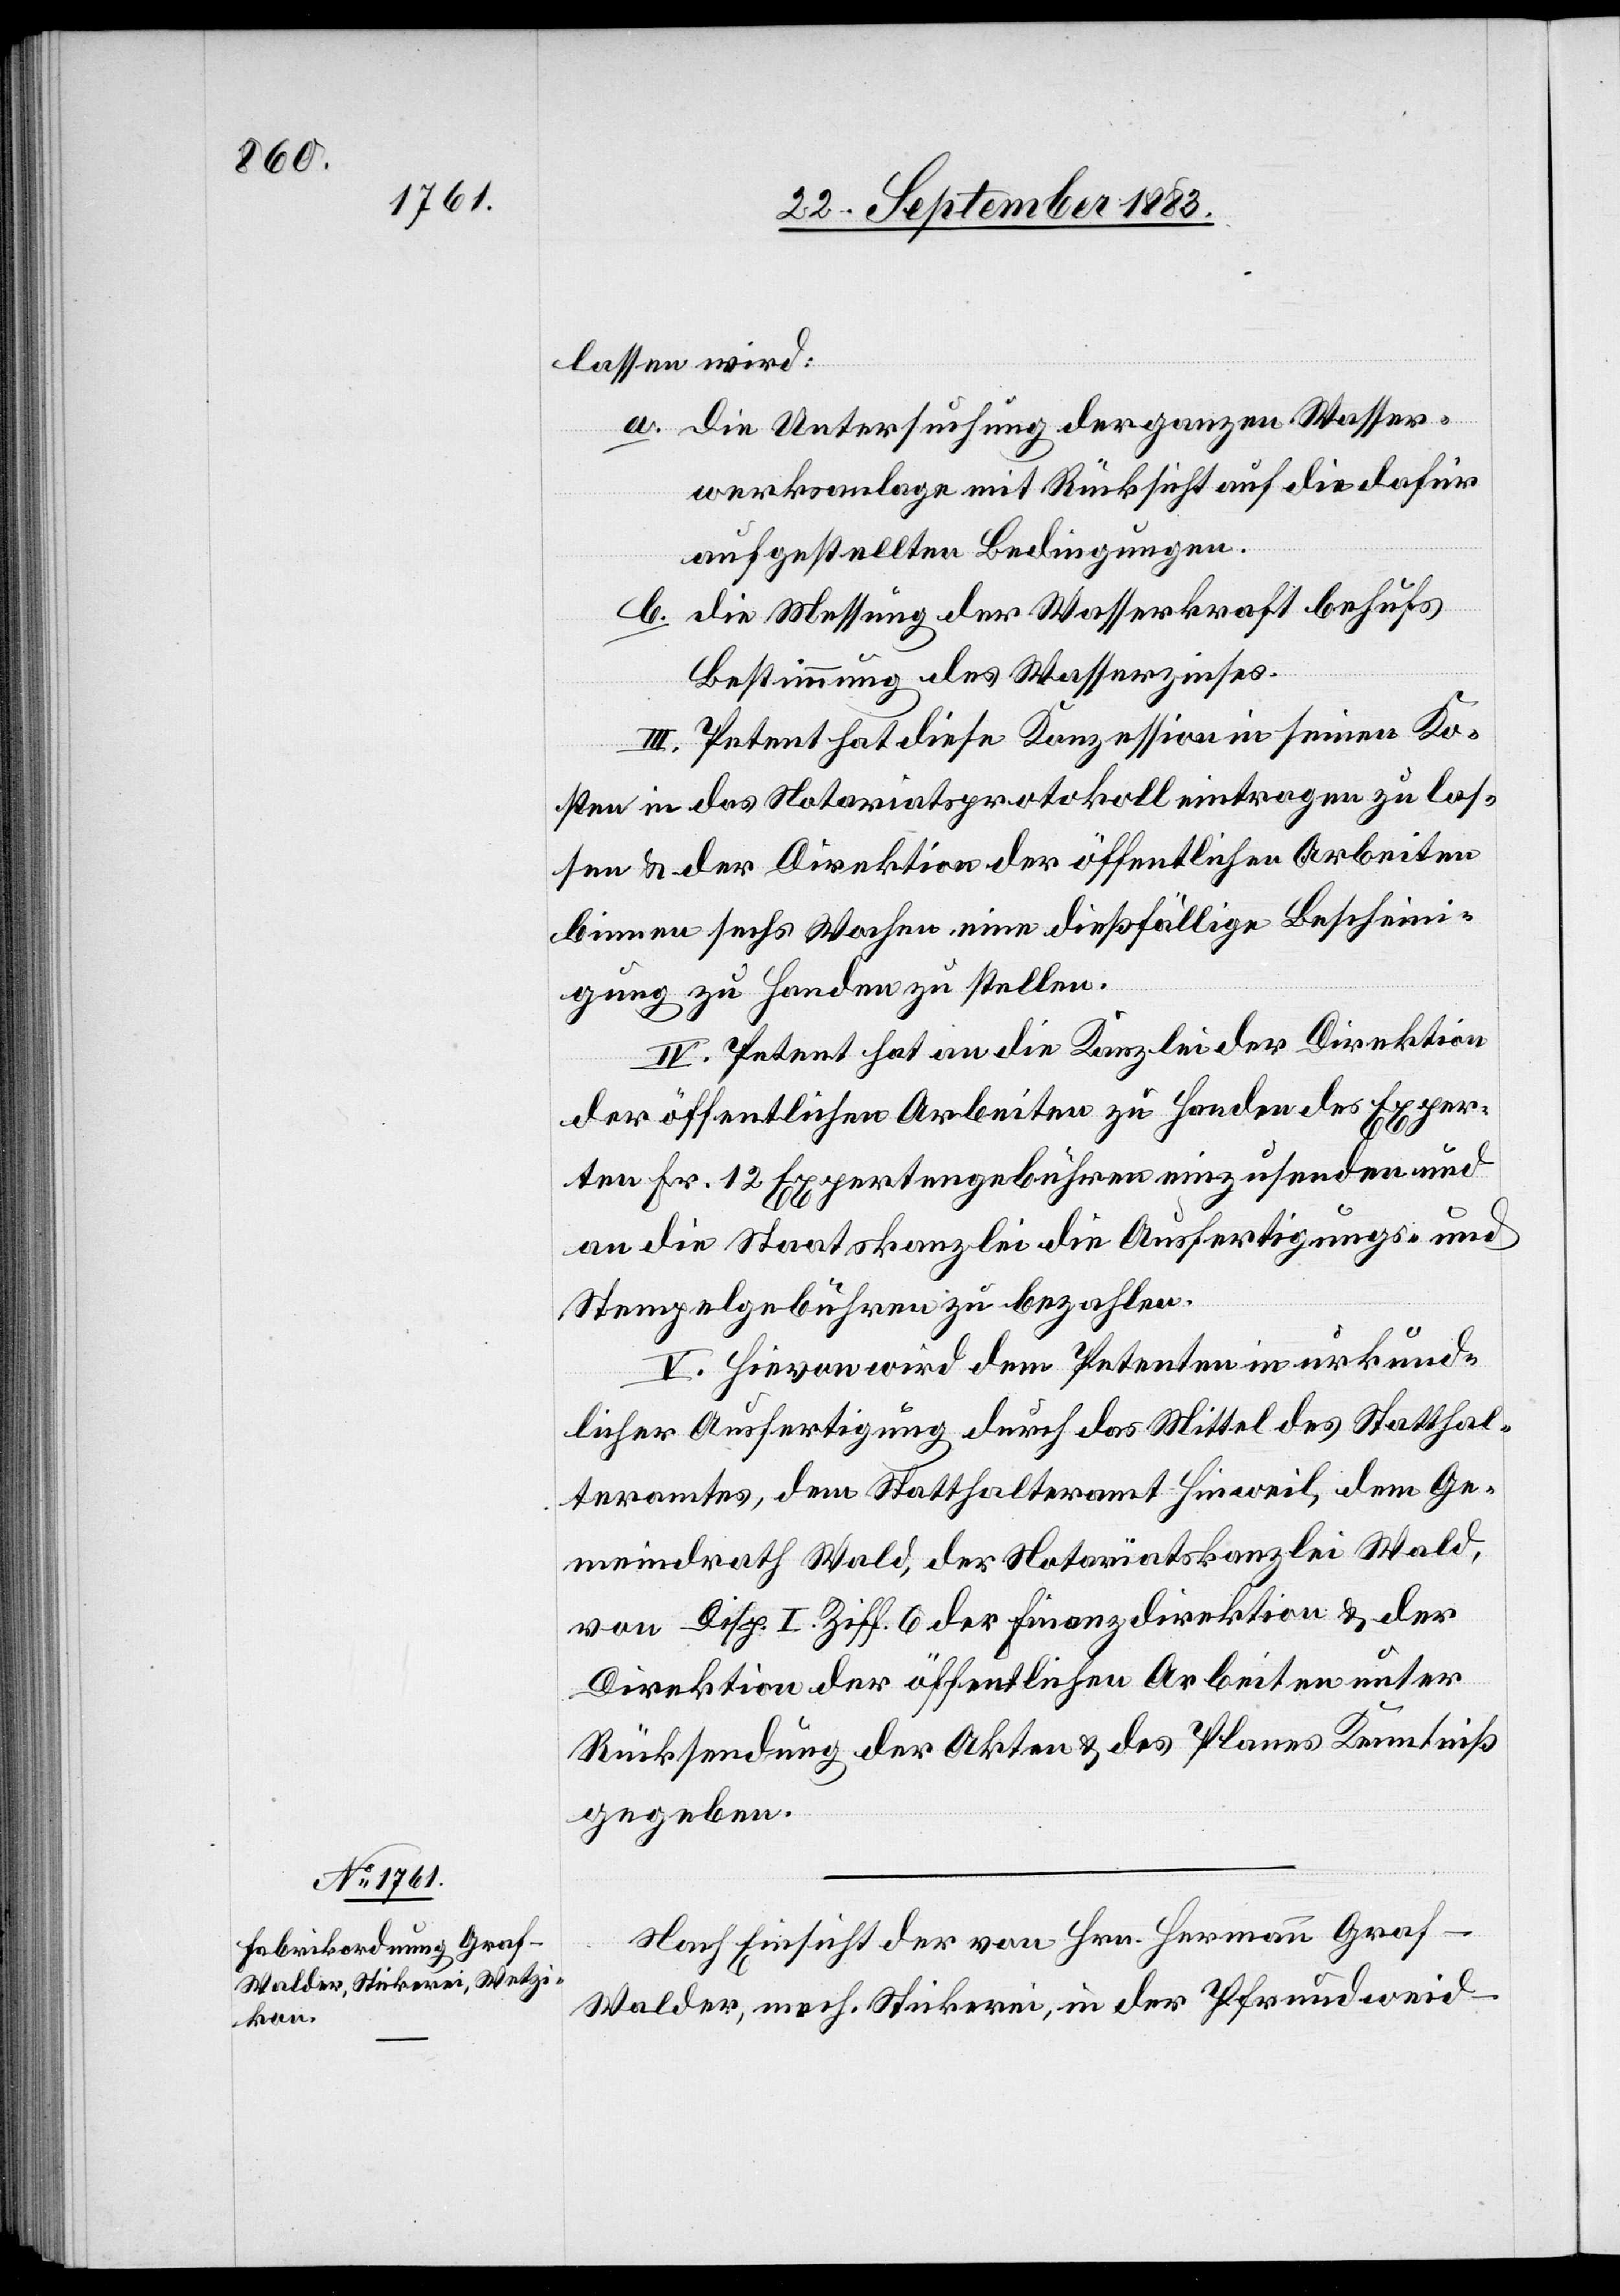
lassen wird:
a. Die Untersuchung der ganzen Wasser¬
werksanlage mit Rücksicht auf die dafür
aufgestellten Bedingungen.
b. die Messung der Wasserkraft behufs
Bestimmung des Wasserzinses.
III. Petent hat diese Konzession in seinen Ko¬
sten in das Notariatsprotokoll eintragen zu las¬
sen & der Direktion der öffentlichen Arbeiten
binnen sechs Wochen eine dießfällige Beschein¬
igung zu Handen zu stellen.
IV. Petent hat an die Kanzlei der Direktion
der öffentlichen Arbeiten zu Handen des Exper¬
ten Fr. 12 Expertengebühren einzusenden und
an die Staatskanzlei die Ausfertigungs- und
Stempelgebühren zu bezahlen.
V. Hievon wird dem Petenten in urkund¬
licher Ausfertigung durch das Mittel des Statthal¬
teramtes, dem Statthalteramt Hinweil, dem Ge¬
meindrath Wald, der Notariatskanzlei Wald,
von Disp. I. Ziff. 6 der Finanzdirektion & der
Direktion der öffentlichen Arbeiten unter
Rücksendung der Akten & des Planes Kenntniß
gegeben.
Nach Einsicht der von Hrn. Hermann Graf-W¬
alder, mech. Stickerei, in der Pfrundweid